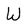
Character: W